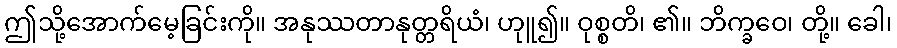
ဤသို့အောက်မေ့ခြင်းကို။ အနုဿတာနုတ္တရိယံ၊ ဟုူ၍။ ဝုစ္စတိ၊ ၏။ ဘိက္ခဝေ၊ တို့။ ခေါ၊